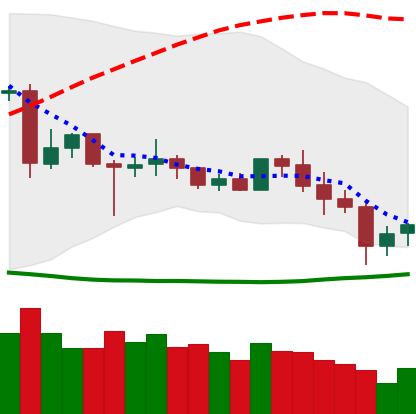
Ticker: XLM-USD
Chart end date: 2020-06-29
Forward return: 3.988%
Label: up_3_5